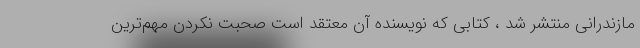
مازندرانی منتشر شد ، کتابی که نویسنده آن معتقد است صحبت نکردن مهم‌ترین